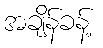
အချိန်ခန့်